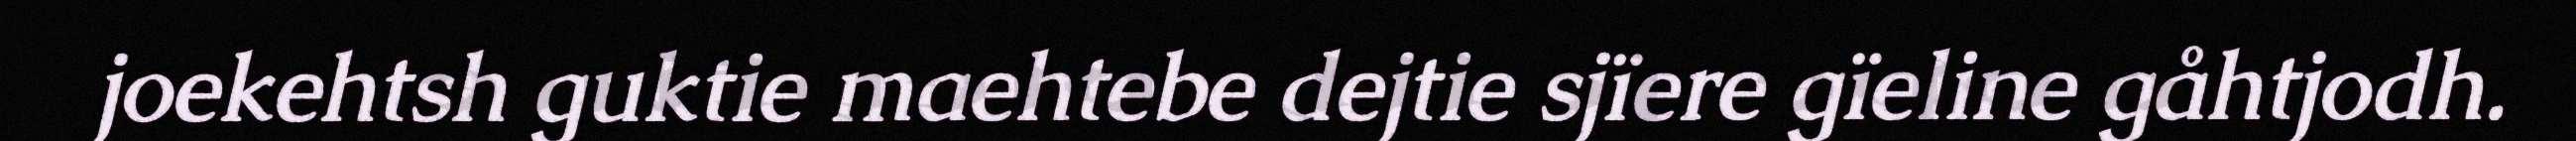
joekehtsh guktie maehtebe dejtie sjïere gïeline gåhtjodh.